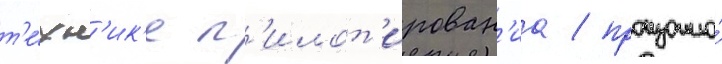
т'е́хн'ик'е п'илот'ирован'иа / произошло́